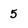
Character: 5